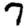
Digit: 7